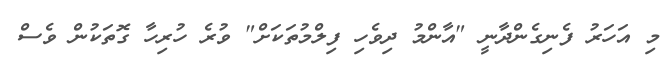
މި އަހަރު ފެނިގެންދާނީ "އާންމު ދިވެހި ފިލްމުތަކަށް" ވުރެ ހުރިހާ ގޮތަކުން ވެސް